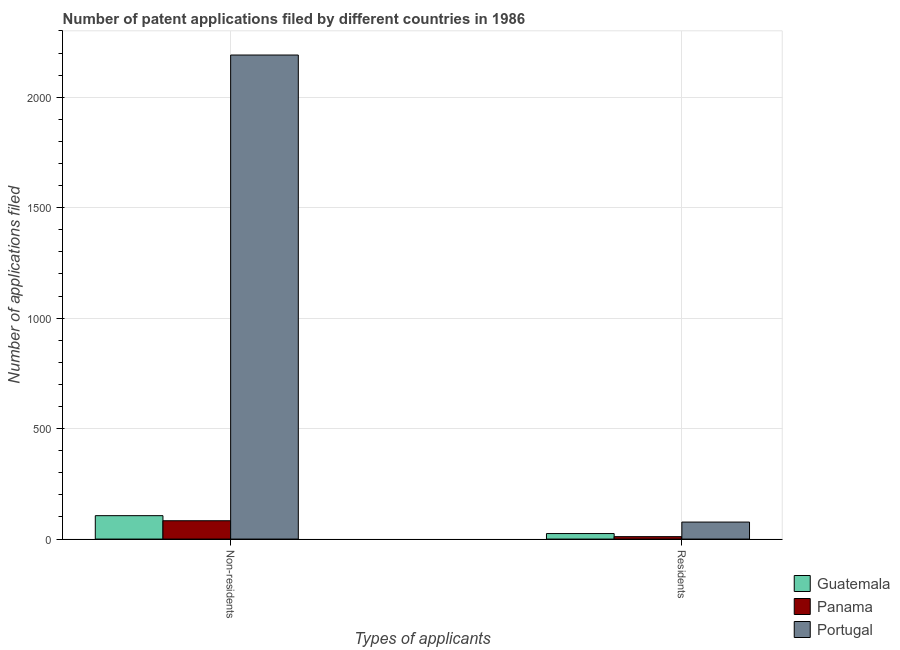
| Types of applicants | Guatemala | Panama | Portugal |
 | --- | --- | --- | --- |
 | Non-residents | 106 | 83 | 2.19e+03 |
 | Residents | 25 | 11 | 77 |